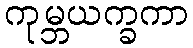
ကုမ္ဘယက္ခကာ